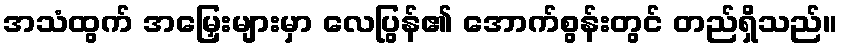
အသံထွက် အမြှေးများမှာ လေပြွန်၏ အောက်စွန်းတွင် တည်ရှိသည်။